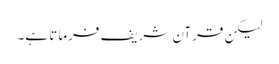
لیکن قرآن شریف فرماتا ہے۔